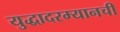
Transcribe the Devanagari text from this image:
युद्धादरम्यानची